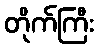
တိုက်ကြီး